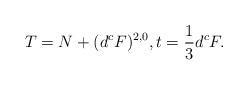
LaTeX: \begin{align*}T=N+(d^cF)^{2,0},t = \frac13 d^cF.\end{align*}